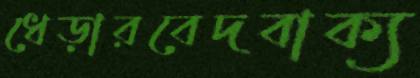
ধেড়ারবেদবাক্য